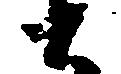
と